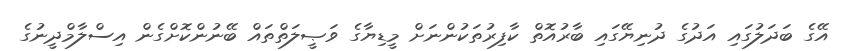
އޭގެ ބަދަލުގައި އަދުގެ ދުނިޔޭގައި ބާރުއޮތް ކާފިރުތަކުންނަށް މީޑިޔާގެ ވަޞީލަތްތައް ބޭނުންކޮށްގެން އިސްލާމްދީނުގެ